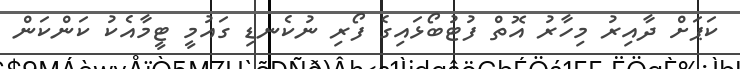
ކަޕަށް ދާއިރު މިހާރު އޮތް ފުޓުބޯޅައިގެ ފޯރި ނުކެނޑި ގައުމީ ޓީމާއެކު ކަންކަން